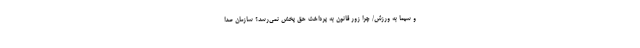
و سیما به ورزش/ چرا زور قانون به پرداخت حق پخش نمی‌رسد؟ سازمان صدا